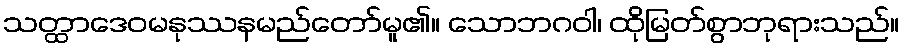
သတ္ထာဒေဝမနုဿနမည်တော်မူ၏။ သောဘဂဝါ၊ ထိုမြတ်စွာဘုရားသည်။